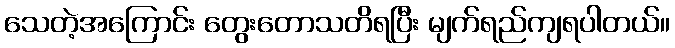
သေတဲ့အကြောင်း တွေးတောသတိရပြီး မျက်ရည်ကျရပါတယ်။